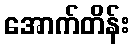
အောက်တိန်း